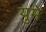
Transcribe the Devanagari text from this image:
युमे